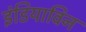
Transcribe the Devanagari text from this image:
इंडियाविन